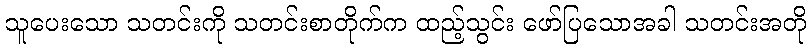
သူပေးသော သတင်းကို သတင်းစာတိုက်က ထည့်သွင်း ဖော်ပြသောအခါ သတင်းအတို